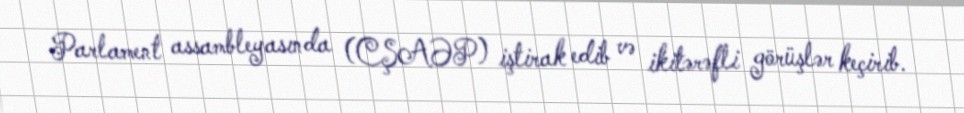
Parlament assambleyasında (CŞAƏP) iştirak edib və ikitərəfli görüşlər keçirib.